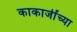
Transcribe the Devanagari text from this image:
काकाजींच्या